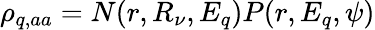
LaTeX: \rho_{q,aa}=N(r,R_{\nu},E_{q})P(r,E_{q},\psi)